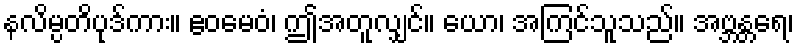
နလိမ္ပတိပုဒ်ကား။ ဧဝမေဝံ၊ ဤအတူလျှင်။ ယော၊ အကြင်သူသည်။ အဗ္ဘန္တရေ၊